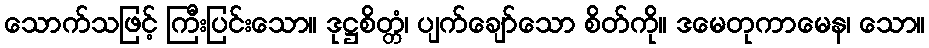
သောက်သဖြင့် ကြီးပြင်းသော။ ဒုဋ္ဌစိတ္တံ၊ ပျက်ချော်သော စိတ်ကို။ ဒမေတုကာမေန၊ သော။